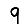
Digit: 9